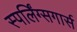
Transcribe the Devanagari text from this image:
स्पर्लिंग्सगार्स